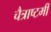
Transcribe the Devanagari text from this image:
चैत्राष्टमी